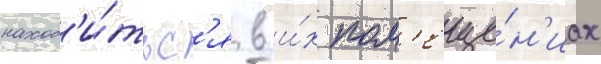
наход'и́тьс'я в и́х пом'еще́н'иах